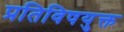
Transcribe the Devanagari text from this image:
प्रतिविषयुक्त